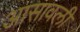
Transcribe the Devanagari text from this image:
आसावली